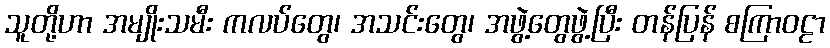
သူတို့ဟာ အမျိုးသမီး ကလပ်တွေ၊ အသင်းတွေ၊ အဖွဲ့တွေဖွဲ့ပြီး တန်ပြန် စကြာဝဠာ